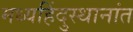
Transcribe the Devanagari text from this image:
मध्यहिंदुस्थानांत